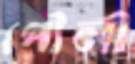
পৌলী